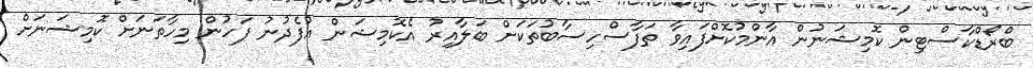
ބްރޯޑްކާސްޓިން ކޮމިޝަނުން އާންމުކޮށްފައިވާ ތަފާސްހިސާބުތަކަށް ބަލާއިރު އެކޮމިޝަން އުފެދުނު ފަހުން މިހާތަނަށް ކޮމިޝަނަށް